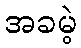
အခမဲ့